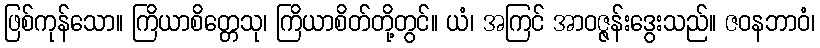
ဖြစ်ကုန်သော။ ကြိယာစိတ္တေသု၊ ကြိယာစိတ်တို့တွင်။ ယံ၊ အကြင် အာဝဇ္ဇန်းဒွေးသည်။ ဇဝနဘာဝံ၊